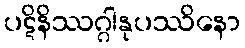
ပဋိနိဿဂ္ဂါနုပဿိနော